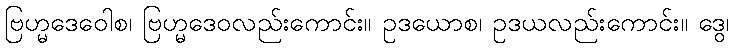
ဗြဟ္မဒေဝေါစ၊ ဗြဟ္မဒေဝလည်းကောင်း။ ဥဒယောစ၊ ဥဒယလည်းကောင်း။ ဒွေ၊